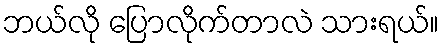
ဘယ်လို ပြောလိုက်တာလဲ သားရယ်။